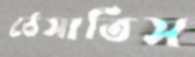
ঠেসাতিস